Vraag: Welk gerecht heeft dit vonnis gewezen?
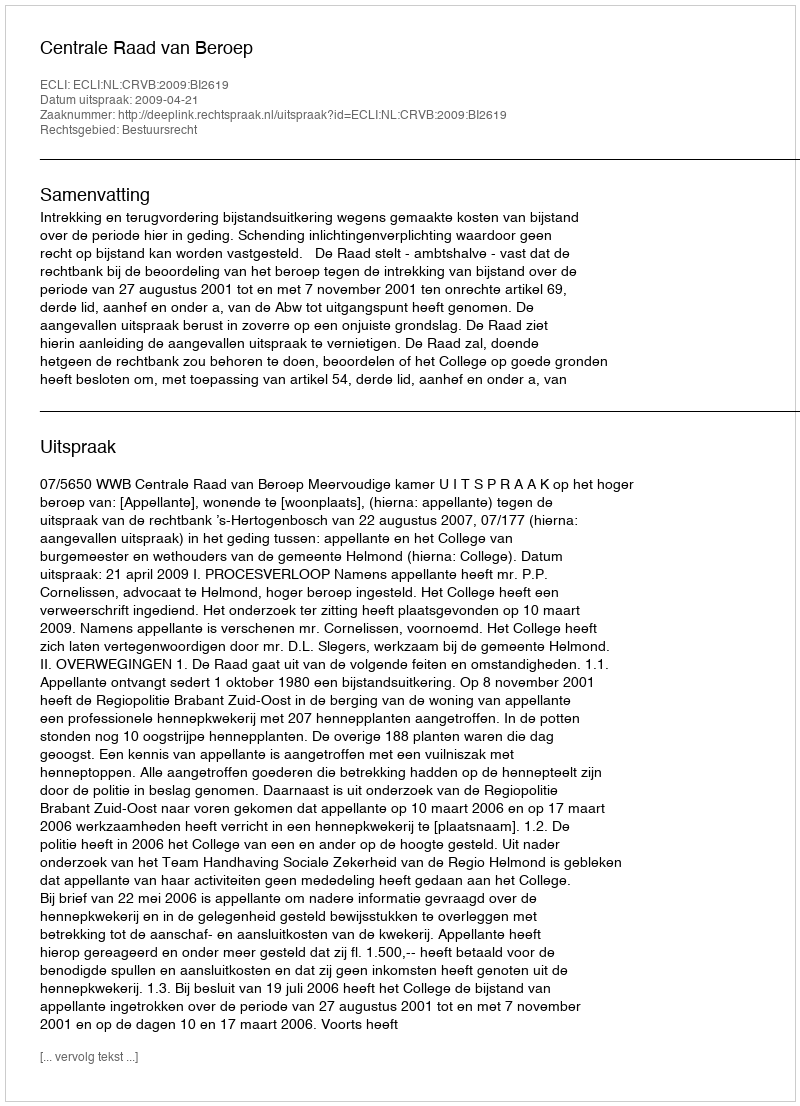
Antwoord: Centrale Raad van Beroep